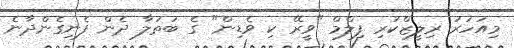
މިއަހަރު ރިލީޒްކުރި ފިލްމް "ވީރޭ ކި ވެޑިން" ގެ ބަތަލާ ދެން ފެނިގެންދާނެ